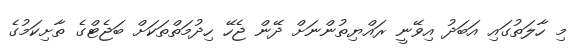
މި ހާލަތުގައި އަބަދު އިވޭނީ ރައްޔިތުންނަށް ދޭން ޖެހޭ ހިދުމަތްތަކަށް ބަޖެޓްގެ ތާށިކަމުގެ